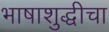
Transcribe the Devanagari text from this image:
भाषाशुद्धीचा